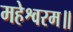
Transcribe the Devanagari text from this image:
महेश्वरम॥